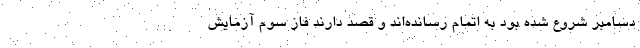
دسامبر شروع شده بود به اتمام رسانده‌اند و قصد دارند فاز سوم آزمایش